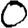
Digit: 0